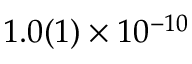
1 . 0 ( 1 ) \times 1 0 ^ { - 1 0 }